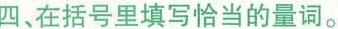
四在括号里填写恰当的量词。